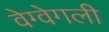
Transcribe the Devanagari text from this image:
वेग्वेगली